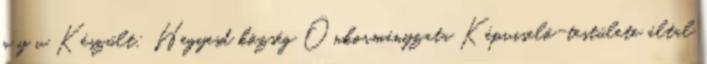
n y v Készült: Hegyesd község Önkormányzata Képviselő-testülete által